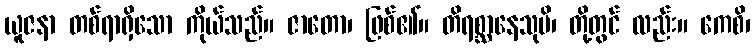
ယူဇနာ တစ်ရာရှိသော ကိုယ်သည်။ ဇာတော၊ ဖြစ်၏။ တိရစ္ဆာနေသုပိ၊ တို့တွင် လည်း။ ကေစိ၊